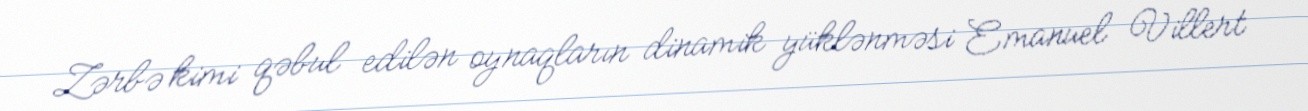
Zərbə kimi qəbul edilən oynaqların dinamik yüklənməsi Emanuel Villert